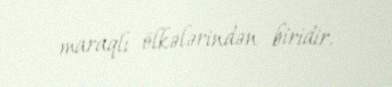
maraqlı ölkələrindən biridir.